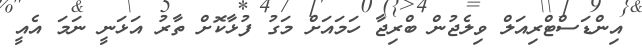
އިންޑަސްޓްރިއަލް ވިލެޖުން ބްރިޖާ ހަމައަށް މަގު ފުޅާކޮށް ތާރު އަޅަނީ ނަމަ އެއީ